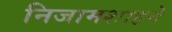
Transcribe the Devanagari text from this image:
निजामशाहने